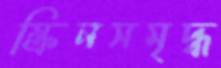
স্ক্রিনসমৃদ্ধ